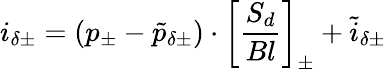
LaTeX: i_{\delta\pm}=(p_{\pm}-\tilde{p}_{\delta\pm})\cdot\left[\frac{S_{d}}{Bl}\right]_{\pm}+\tilde{i}_{\delta\pm}